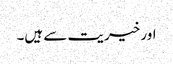
اور خیریت سے ہیں۔